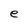
Character: e